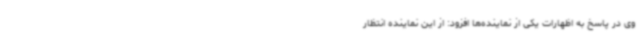
وی در پاسخ به اظهارات یکی از نماینده‌ها افزود: از این نماینده انتظار